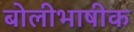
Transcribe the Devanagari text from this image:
बोलीभाषीक